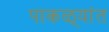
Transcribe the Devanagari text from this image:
पाकळ्यांत